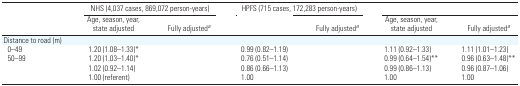
<table><thead><tr><td>[EMPTY_CELL]</td><td colspan="2"><b>NHS (4,037 cases, 869,072 person-years)</b></td><td colspan="2"><b>HPFS (715 cases, 172,283 person-years)</b></td><td colspan="2">[EMPTY_CELL]</td></tr><tr><td>[EMPTY_CELL]</td><td><b>Age, season, year, state adjusted</b></td><td><b>Fully adjusteda</b></td><td>[EMPTY_CELL]</td><td><b>Fully adjusteda</b></td><td><b>Age, season, year, state adjusted</b></td><td><b>Fully adjusteda</b></td></tr></thead><tbody><tr><td colspan="7">Distance to road (m)</td></tr><tr><td> 0–49</td><td>1.20 (1.08–1.33)*</td><td>[EMPTY_CELL]</td><td>0.99 (0.82–1.19)</td><td>[EMPTY_CELL]</td><td>1.11 (0.92–1.33)</td><td>1.11 (1.01–1.23)</td></tr><tr><td> 50–99</td><td>1.20 (1.03–1.40)*</td><td>[EMPTY_CELL]</td><td>0.76 (0.51–1.14)</td><td>[EMPTY_CELL]</td><td>0.99 (0.64–1.54)**</td><td>0.96 (0.63–1.48)**</td></tr><tr><td>[EMPTY_CELL]</td><td>1.02 (0.92–1.14)</td><td>[EMPTY_CELL]</td><td>0.86 (0.66–1.13)</td><td>[EMPTY_CELL]</td><td>0.99 (0.86–1.13)</td><td>0.96 (0.87–1.06)</td></tr><tr><td>[EMPTY_CELL]</td><td>1.00 (referent)</td><td>[EMPTY_CELL]</td><td>1.00</td><td>[EMPTY_CELL]</td><td>1.00</td><td>1.00</td></tr></tbody></table>